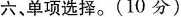
六、单项选择.(10 分)